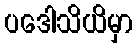
ပဒေါသိယိမှာ